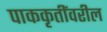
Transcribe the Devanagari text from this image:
पाककृतींवरील